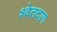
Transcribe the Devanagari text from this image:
श्वेतदाग